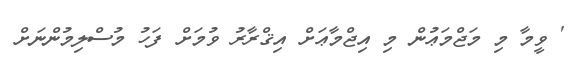
' ވީމާ މި މަޖްމަޢުން މި އިޖްމާޢަށް އިޤްރާރު ވުމަށް ފަހު މުސްލިމުންނަށް